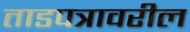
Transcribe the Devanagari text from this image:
ताडपत्रावरील